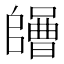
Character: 𡄌